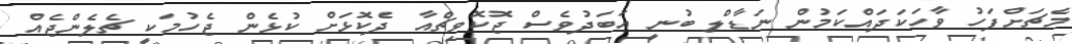
މެޗަށްފަހު ވާހަކަދައްކަމުން ނަޑާލް ބުނީ އަބަދުވެސް ޖޮކޮވިޗްއާ ދެކޮޅަށް ކުޅެން ޖެހުމަކީ ޗެލެންޖެއް